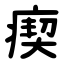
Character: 瘈